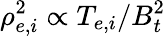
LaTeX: \rho_{e,i}^{2}\propto T_{e,i}/B_{t}^{2}